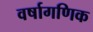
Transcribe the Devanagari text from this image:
वर्षागणिक